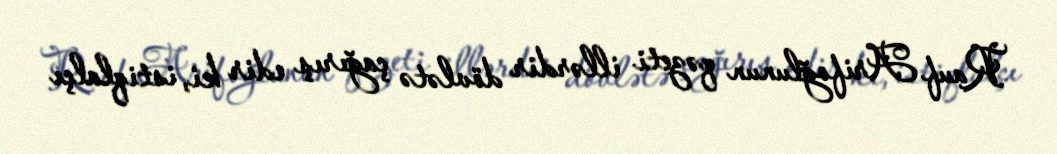
Rauf Arifoğlunun qəzeti illərdir dövlətə çağırış edir ki, istiqlalçı